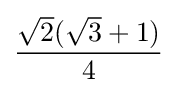
{\frac {{\sqrt {2}}({\sqrt {3}}+1)}{4}}